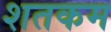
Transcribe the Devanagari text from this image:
शतकम